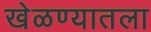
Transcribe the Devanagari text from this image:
खेळण्यातला